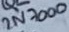
Text: 2N7000